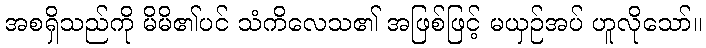
အစရှိသည်ကို မိမိ၏ပင် သံကိလေသ၏ အဖြစ်ဖြင့် မယှဉ်အပ် ဟူလိုသော်။